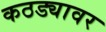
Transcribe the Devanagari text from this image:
कठड्यावर